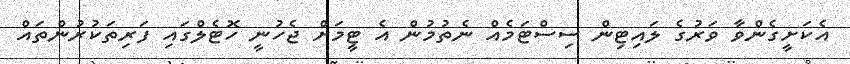
އެކަށީގެންވާ ވަރުގެ ލައިޓިން ސިސްޓަމެއް ނެތުމުން އެ ޓީމަށް ޖެހުނީ ހޮޓެލްގައި ފަރިތަކުރުންތައް